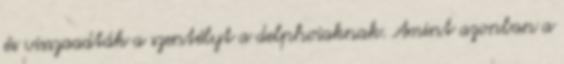
és visszaadták a szentélyt a delphoiaknak. Amint azonban a